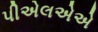
પીએલએએ